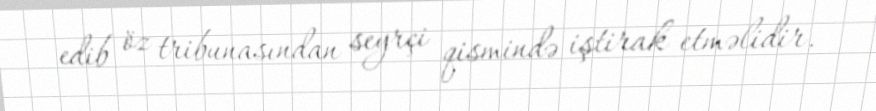
edib öz tribunasından seyrçi qismində iştirak etməlidir.